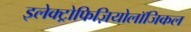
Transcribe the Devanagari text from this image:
इलेक्ट्रोफिज़ियोलॉजिकल